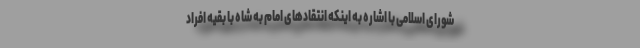
شورای اسلامی با اشاره به اینکه انتقادهای امام به شاه با بقیه افراد